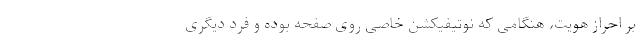
بر احراز هویت، هنگامی که نوتیفیکشن خاصی روی صفحه بوده و فرد دیگری